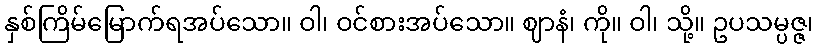
နှစ်ကြိမ်မြောက်ရအပ်သော။ ဝါ၊ ဝင်စားအပ်သော။ ဈာနံ၊ ကို။ ဝါ၊ သို့။ ဥပသမ္ပဇ္ဇ၊